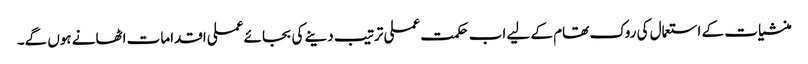
منشیات کے استعمال کی روک تھام کے لیے اب حکمت عملی ترتیب دینے کی بجائے عملی اقدامات اٹھانے ہوں گے۔